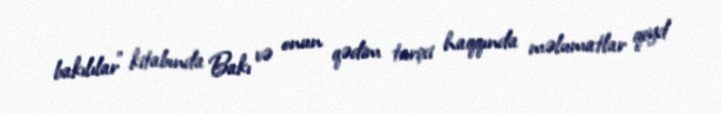
bakılılar” kitabında Bakı və onun qədim tarixi haqqında məlumatlar qeyd